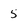
Character: 5